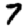
Digit: 7